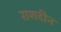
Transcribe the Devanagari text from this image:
राशदीन